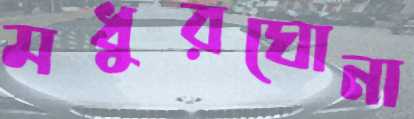
মধুরঘোনা